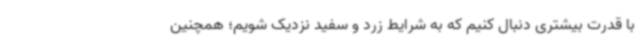
با قدرت بیشتری دنبال کنیم که به شرایط زرد و سفید نزدیک شویم؛ همچنین